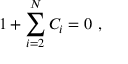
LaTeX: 1 + \sum _ { i = 2 } ^ { N } C _ { i } = 0 \ ,